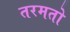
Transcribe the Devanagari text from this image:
तरमतो